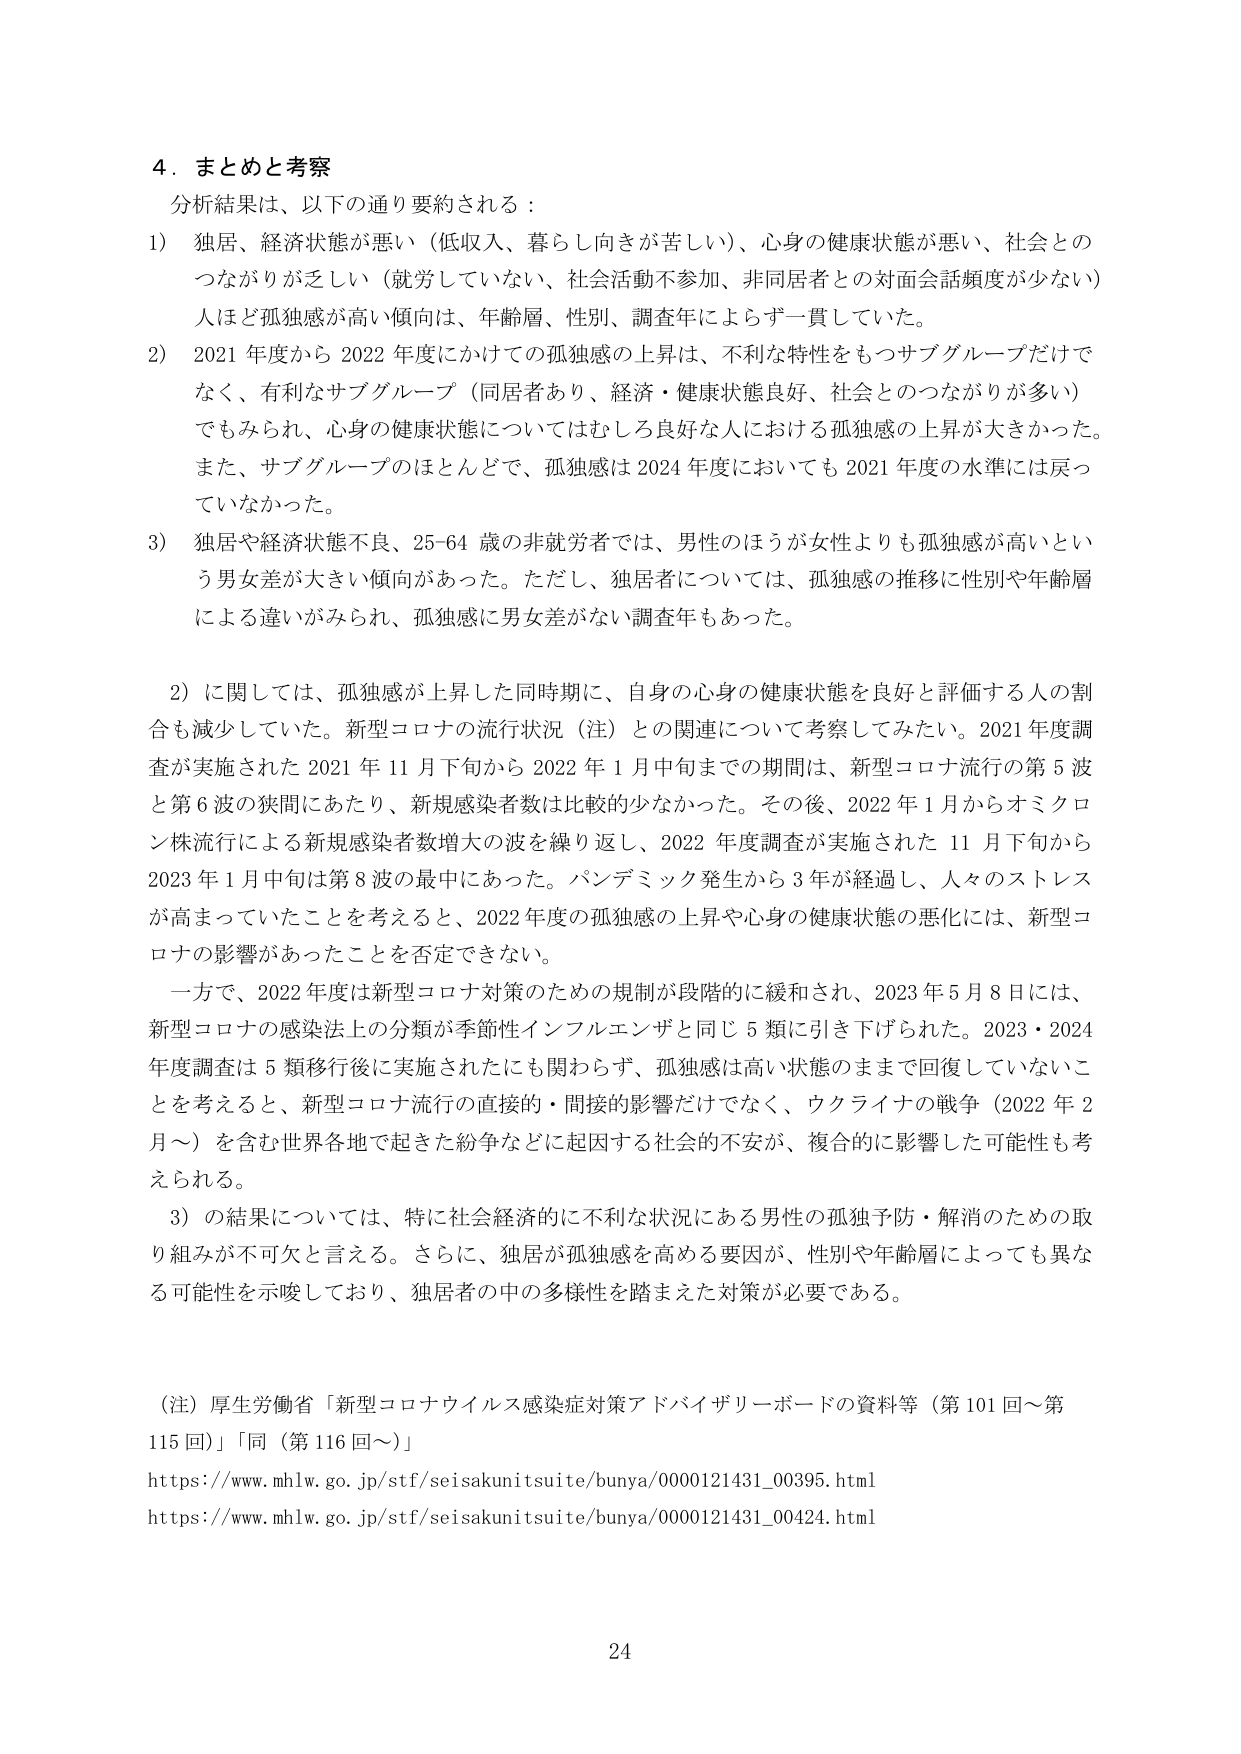
4. まとめと考察
分析結果は、以下の通り要約される：
1) 独居、経済状態が悪い（低収入、暮らし向きが苦しい）、心身の健康状態が悪い、社会とのつながりが乏しい（就労していない、社会活動不参加、非同居者との対面会話頻度が少ない）人ほど孤独感が高い傾向は、年齢層、性別、調査年によらず一貫していた。
2) 2021年度から2022年度にかけての孤独感の上昇は、不利な特性をもつサブグループだけでなく、有利なサブグループ（同居者あり、経済・健康状態良好、社会とのつながりが多い）でもみられ、心身の健康状態についてはむしろ良好な人における孤独感の上昇が大きかった。また、サブグループのほとんどで、孤独感は2024年度においても2021年度の水準には戻っていなかった。
3) 独居や経済状態不良、25-64歳の非就労者では、男性のほうが女性よりも孤独感が高いという男女差が大きい傾向があった。ただし、独居者については、孤独感の推移に性別や年齢層による違いがみられ、孤独感に男女差がない調査年もあった。

2）に関しては、孤独感が上昇した同時期に、自身の心身の健康状態を良好と評価する人の割合も減少していた。新型コロナの流行状況（注）との関連について考察してみたい。2021年度調査が実施された2021年11月下旬から2022年1月中旬までの期間は、新型コロナ流行の第5波と第6波の狭間にあたり、新規感染者数は比較的少なかった。その後、2022年1月からオミクロン株流行による新規感染者数増大の波を繰り返し、2022年度調査が実施された11月下旬から2023年1月中旬は第8波の最中であった。パンデミック発生から3年が経過し、人々のストレスが高まっていたことを考えると、2022年度の孤独感の上昇や心身の健康状態の悪化には、新型コロナの影響があったことを否定できない。

一方で、2022年度は新型コロナ対策のための規制が段階的に緩和され、2023年5月8日には、新型コロナの感染法上の分類が季節性インフルエンザと同じ5類に引き下げられた。2023・2024年度調査は5類移行後に実施されたにも関わらず、孤独感は高い状態のままで回復していないことを考えると、新型コロナ流行の直接的・間接的影響だけでなく、ウクライナの戦争（2022年2月～）を含む世界各地で起きた紛争などに起因する社会的不安が、複合的に影響した可能性も考えられる。

3）の結果については、特に社会経済的に不利な状況にある男性の孤独予防・解消のための取り組みが不可欠と言える。さらに、独居が孤独感を高める要因が、性別や年齢層によっても異なる可能性を示唆しており、独居者の中の多様性を踏まえた対策が必要である。

（注）厚生労働省「新型コロナウイルス感染症対策アドバイザリーボードの資料等（第101回～第115回）」「同（第116回～）」
https://www.mhlw.go.jp/stf/seisakunitsuite/bunya/0000121431_00395.html
https://www.mhlw.go.jp/stf/seisakunitsuite/bunya/0000121431_00424.html

24